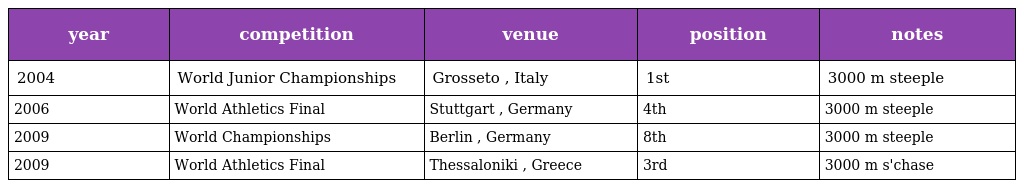
| year | competition | venue | position | notes |
 | --- | --- | --- | --- | --- |
 | 2004 | World Junior Championships | Grosseto , Italy | 1st | 3000 m steeple |
 | 2006 | World Athletics Final | Stuttgart , Germany | 4th | 3000 m steeple |
 | 2009 | World Championships | Berlin , Germany | 8th | 3000 m steeple |
 | 2009 | World Athletics Final | Thessaloniki , Greece | 3rd | 3000 m s'chase |